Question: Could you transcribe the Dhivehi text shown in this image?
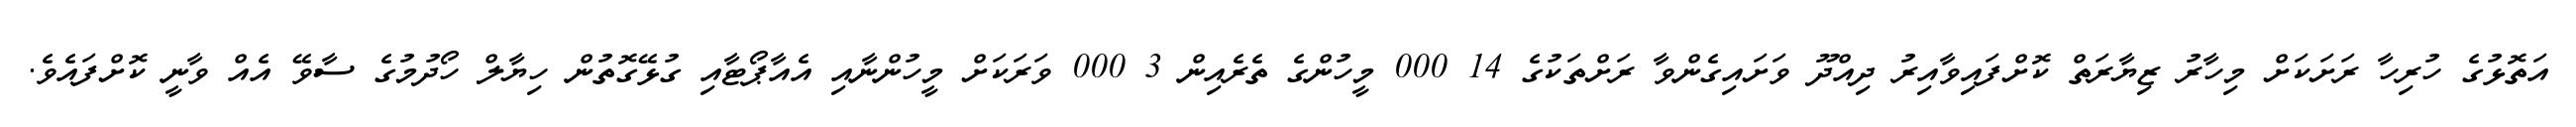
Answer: އަތޮޅުގެ ހުރިހާ ރަށަކަށް މިހާރު ޒިޔާރަތް ކޮށްފައިވާއިރު ދިއްދޫ ވަށައިގެންވާ ރަށްތަކުގެ 14 000 މީހުންގެ ތެރެއިން 3 000 ވަރަކަށް މީހުންނާއި އެއާޕޯޓާއި ގުޅޭގޮތުން ހިޔާލް ހޯދުމުގެ ސާވޭ އެއް ވާނީ ކޮށްފައެވެ.